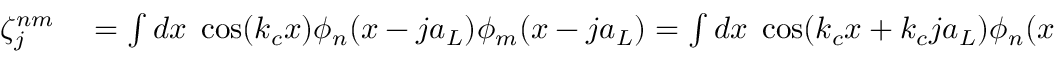
\begin{array} { r l } { \zeta _ { j } ^ { n m } } & { { } = \int d x \; \cos ( k _ { c } x ) \phi _ { n } ( x - j a _ { L } ) \phi _ { m } ( x - j a _ { L } ) = \int d x \; \cos ( k _ { c } x + k _ { c } j a _ { L } ) \phi _ { n } ( x ) \phi _ { m } ( x ) } \end{array}